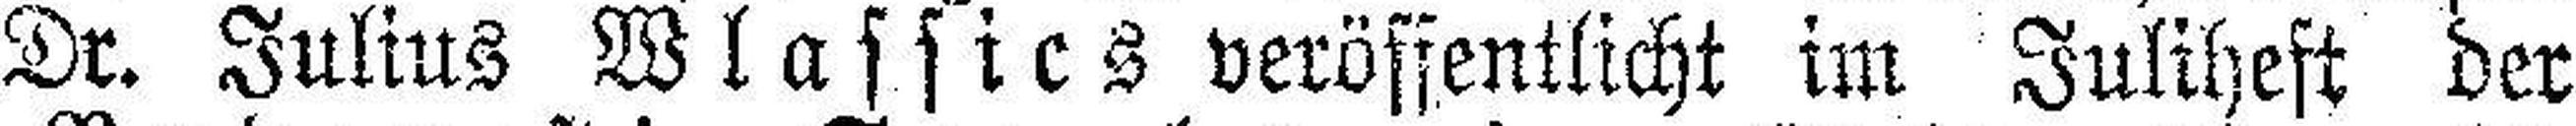
Dr. Julius Wlassics veröffentlicht im Juliheft der